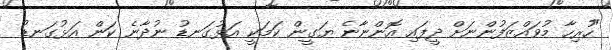
"ހުރިހާ މުވައްޒަފުންނަށް ދީފައި އޮންނާނެ ޔަގީން ކަމަކީ އަޅުގަނޑު ނުދާނެ ކަން އަޅުގަނޑު